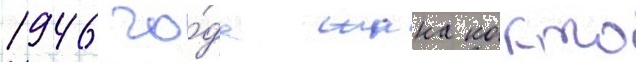
1946 го́да жана кокто